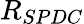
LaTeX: R_{SPDC}